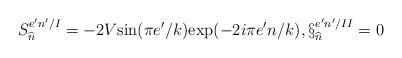
LaTeX: \begin{align*}S_{\widehat{n}}^{e'n'/I}=-2V\mbox{sin}(\pi e'/k)\mbox{exp}(-2i\pi e'n/k),\S_{\widehat{n}}^{e'n'/II}=0\end{align*}